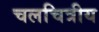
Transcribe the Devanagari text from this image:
चलचित्रीय